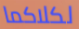
لكلاكما